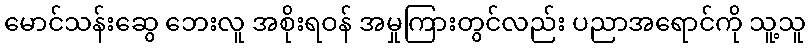
မောင်သန်းဆွေ ဘေးလူ အစိုးရဝန် အမှုကြားတွင်လည်း ပညာအရောင်ကို သူ့သူ